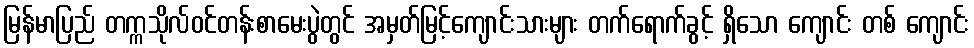
မြန်မာပြည် တက္ကသိုလ်ဝင်တန်းစာမေးပွဲတွင် အမှတ်မြင့်ကျောင်းသားများ တက်ရောက်ခွင့် ရှိသော ကျောင်း တစ် ကျောင်း